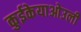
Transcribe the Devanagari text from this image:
कुईकेयाओउली